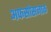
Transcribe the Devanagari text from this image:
अफसोसनाक